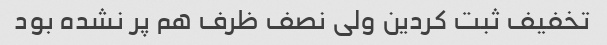
تخفیف ثبت کردین ولی نصف ظرف هم پر نشده بود